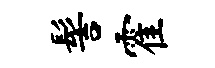
髻霍